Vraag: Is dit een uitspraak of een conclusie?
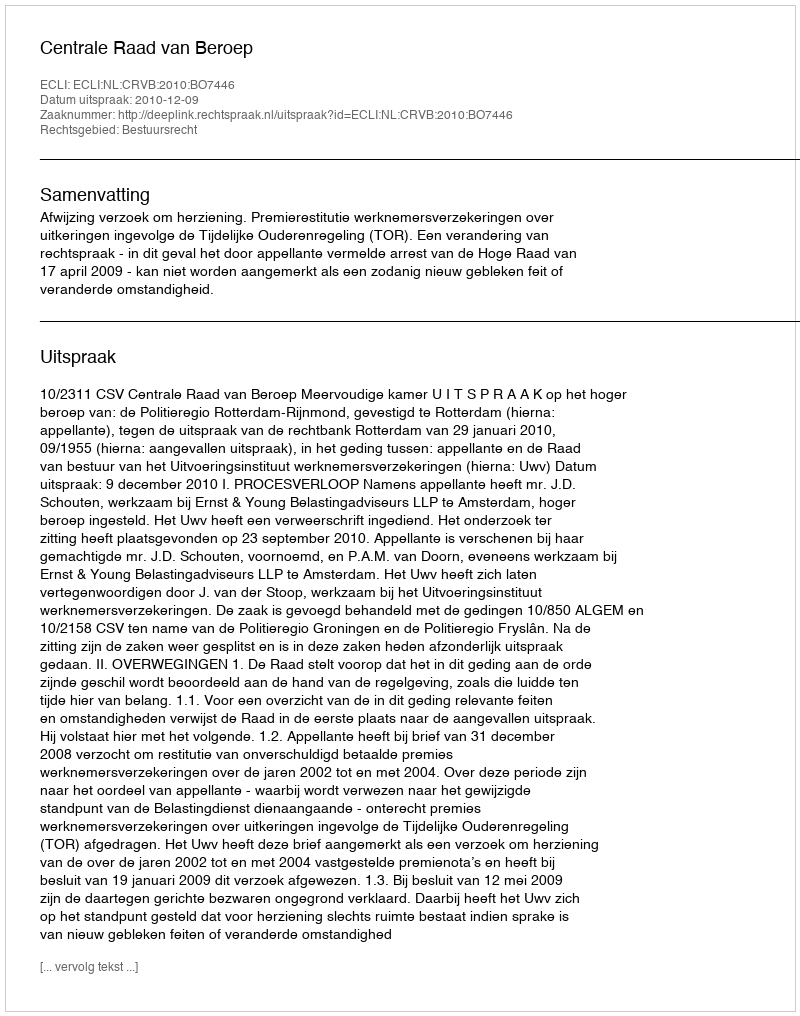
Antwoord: Uitspraak